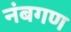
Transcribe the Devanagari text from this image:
नंबगण